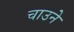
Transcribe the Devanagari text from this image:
चाउने